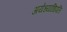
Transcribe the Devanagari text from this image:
अयेध्याधिपति